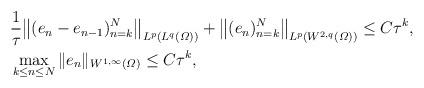
LaTeX: \begin{align*}&\frac{1}{\tau}\big\|(e_n-e_{n-1} )_{n=k}^N\big\|_{ L^p(L^q(\varOmega))} + \big\|(e_n )_{n=k}^N\big\|_{ L^p(W^{2,q}(\varOmega))} \le C\tau^k , \\& \max_{k\le n\le N} \|e_n \|_{W^{1,\infty}(\varOmega)} \le C\tau^k , \end{align*}